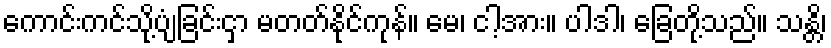
ကောင်းကင်သို့ပျံခြင်းငှာ မတတ်နိုင်ကုန်။ မေ၊ ငါ့အား။ ပါဒါ၊ ခြေတို့သည်။ သန္တိ၊